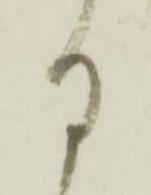
る